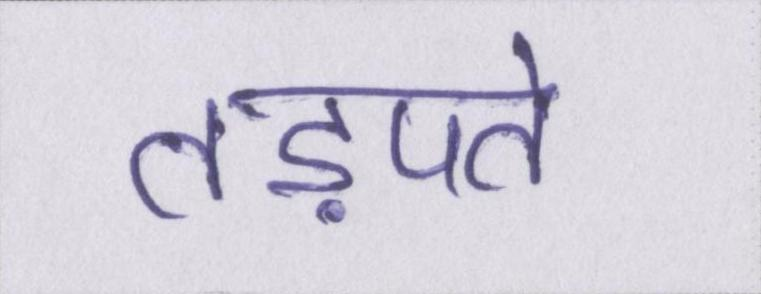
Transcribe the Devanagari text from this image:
तड़पते